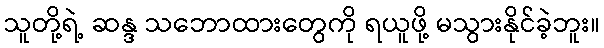
သူတို့ရဲ့ ဆန္ဒ သဘောထားတွေကို ရယူဖို့ မသွားနိုင်ခဲ့ဘူး။